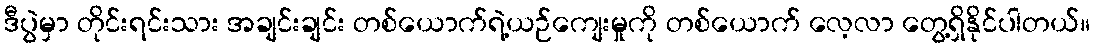
ဒီပွဲမှာ တိုင်းရင်းသား အချင်းချင်း တစ်ယောက်ရဲ့ယဉ်ကျေးမှုကို တစ်ယောက် လေ့လာ တွေ့ရှိနိုင်ပါတယ်။